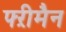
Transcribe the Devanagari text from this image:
फ्ऱीमैन